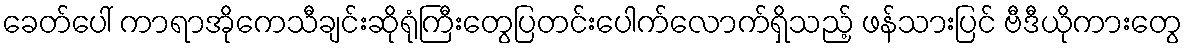
ခေတ်ပေါ် ကာရာအိုကေသီချင်းဆိုရုံကြီးတွေပြတင်းပေါက်လောက်ရှိသည့် ဖန်သားပြင် ဗီဒီယိုကားတွေ